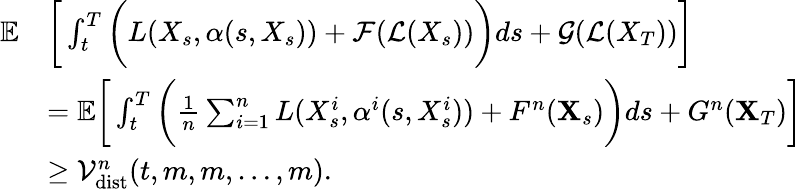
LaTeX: \begin{array}{rl}{{\mathbb E}}&{\bigg[\int_{t}^{T}\bigg(L(X_{s},\alpha(s,X_{s}))+\mathcal{F}(\mathcal{L}(X_{s}))\bigg)ds+\mathcal{G}(\mathcal{L}(X_{T}))\bigg]}\\ &{={\mathbb E}\bigg[\int_{t}^{T}\bigg(\frac{1}{n}\sum_{i=1}^{n}L(X_{s}^{i},\alpha^{i}(s,X_{s}^{i}))+F^{n}(\mathbf{X}_{s})\bigg)ds+G^{n}(\mathbf{X}_{T})\bigg]}\\ &{\ge\mathcal{V}_{\mathrm{dist}}^{n}(t,m,m,\ldots,m).}\end{array}